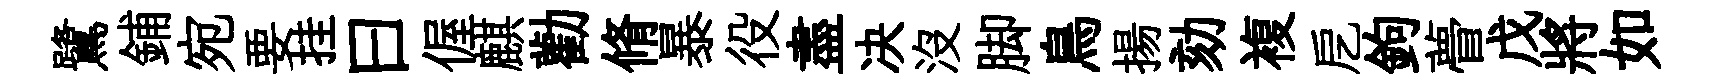
鷺鋪宛要挂曰偓麒勸脩暴役盡决没脚鳥揚劾複戹鉤瞢戊將如